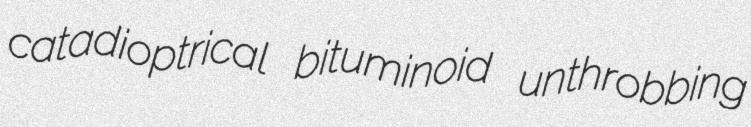
catadioptrical bituminoid unthrobbing